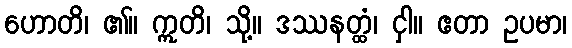
ဟောတိ၊ ၏။ ဣတိ၊ သို့။ ဒဿနတ္ထံ၊ ငှါ။ ဧတာ ဥပမာ၊